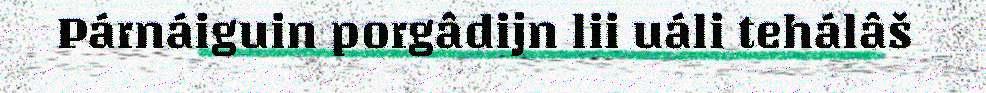
Párnáiguin porgâdijn lii uáli tehálâš